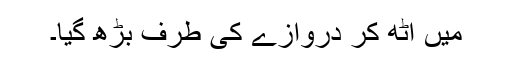
میں اٹھ کر دروازے کی طرف بڑھ گیا۔